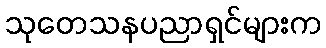
သုတေသနပညာရှင်များက